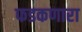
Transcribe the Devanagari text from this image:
फडकणारा